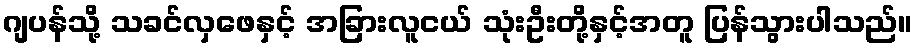
ဂျပန်သို့ သခင်လှဖေနှင့် အခြားလူငယ် သုံးဦးတို့နှင့်အတူ ပြန်သွားပါသည်။